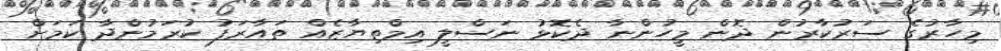
މިހާރުގެ ސަރުކާރުން ދޮން މީހުންނާ ދެކޮޅު ނަސްލީ އިމްތިޔާޒެއް ތައާރަފު ކުރަމުންދާ ކަމަށް